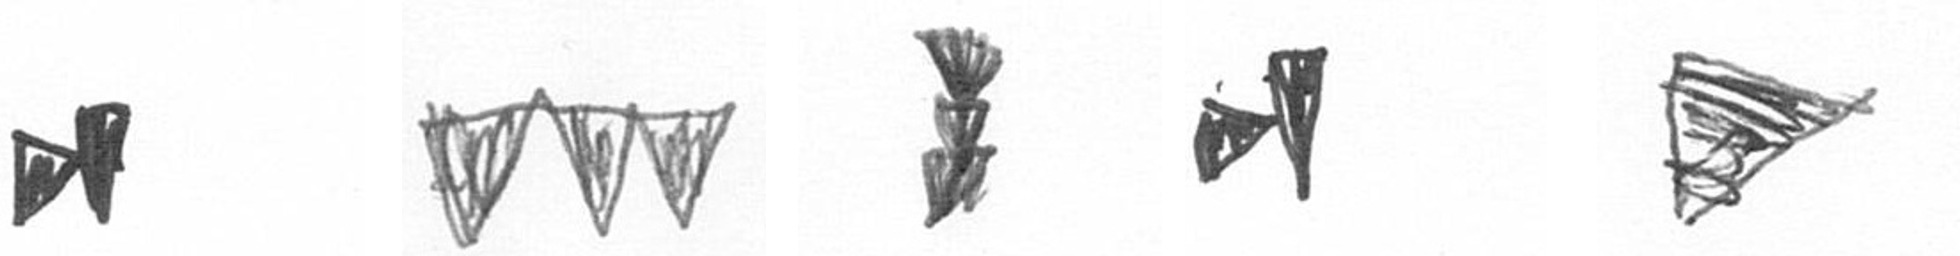
M L E M T